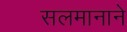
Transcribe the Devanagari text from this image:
सलमानाने